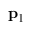
\mathbf { p } _ { 1 }